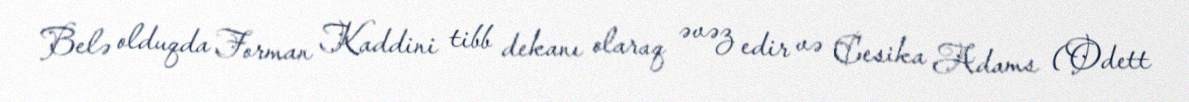
Belə olduqda Forman Kaddini tibb dekanı olaraq əvəz edir və Cesika Adams (Odett